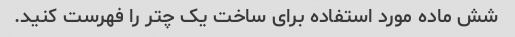
شش ماده مورد استفاده برای ساخت یک چتر را فهرست کنید.